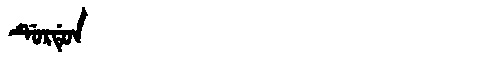
Manchu: ᡩᡠᡵᡩᡠᠨ
Romanization: DURDUN